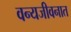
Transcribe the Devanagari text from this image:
वन्यजीवनात